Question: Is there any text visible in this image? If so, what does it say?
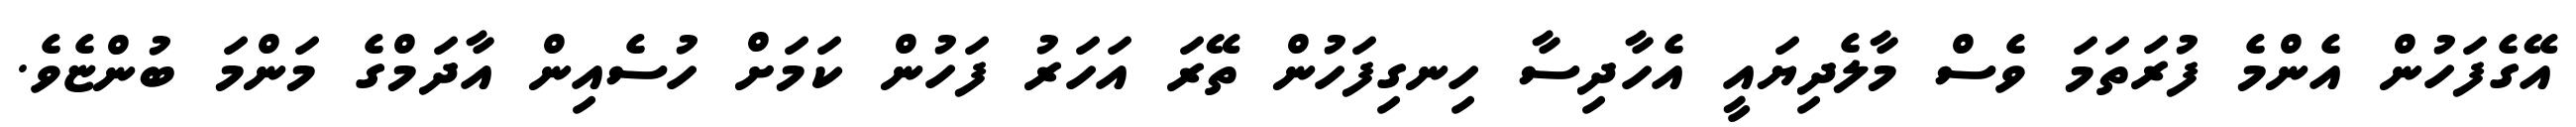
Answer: އޭގެފަހުން އެންމެ ފުރަތަމަ ވެސް މާލެދިޔައީ އެހާދިސާ ހިނގިފަހުން ތޭރަ އަހަރު ފަހުން ކަމަށް ހުސެއިން އާދަމްގެ މަންމަ ބުންޏެވެ.